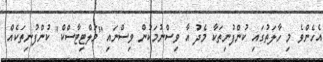
އެހެންވެ މި ހާލަތުގައި ކުންފުނިތަކާ މެދު އާ ވިސްނުމަކުން ވިސްނައި "މަލްޓިޓާސްކް" ކުންފުނިތަކެއް